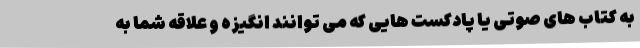
به کتاب های صوتی یا پادکست هایی که می توانند انگیزه و علاقه شما به